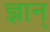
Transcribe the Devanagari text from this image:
ज्ञान्